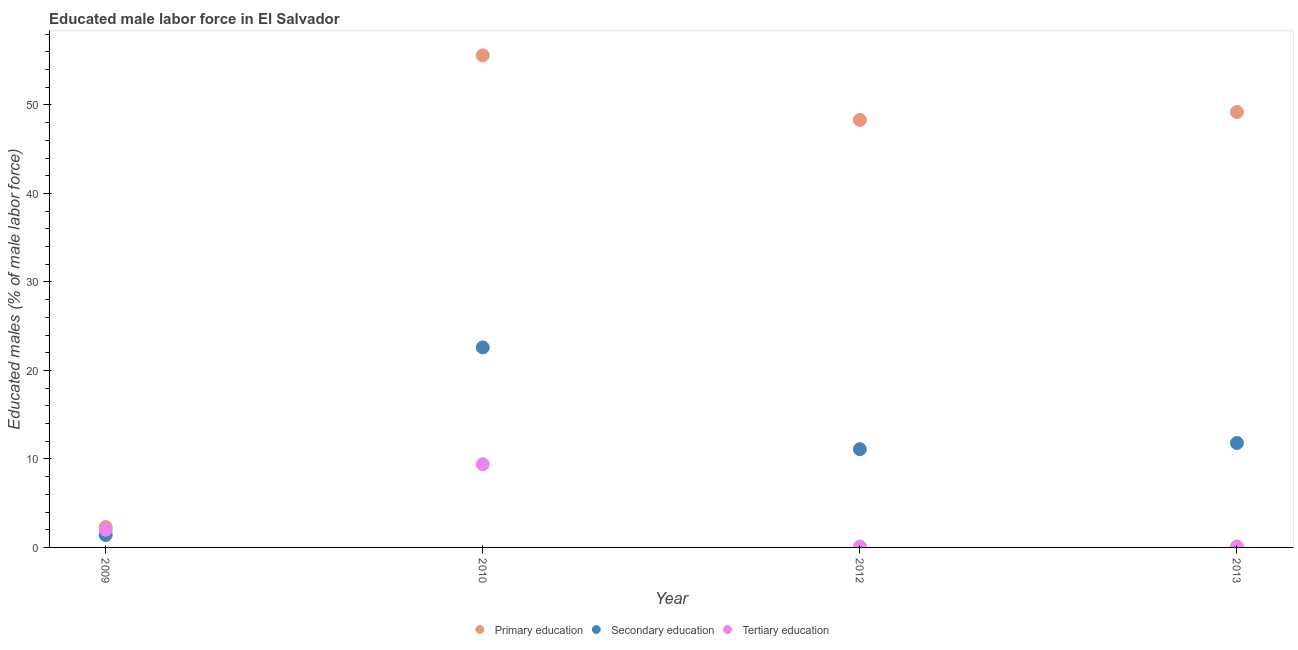
| Year | Primary education | Secondary education | Tertiary education |
 | --- | --- | --- | --- |
 | 2009 | 2.3 | 1.4 | 2 |
 | 2010 | 55.6 | 22.6 | 9.4 |
 | 2012 | 48.3 | 11.1 | 0.1 |
 | 2013 | 49.2 | 11.8 | 0.1 |